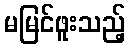
မမြင်ဖူးသည့်